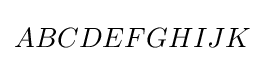
ABCDEFGHIJK